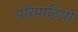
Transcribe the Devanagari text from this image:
परिपाटियो